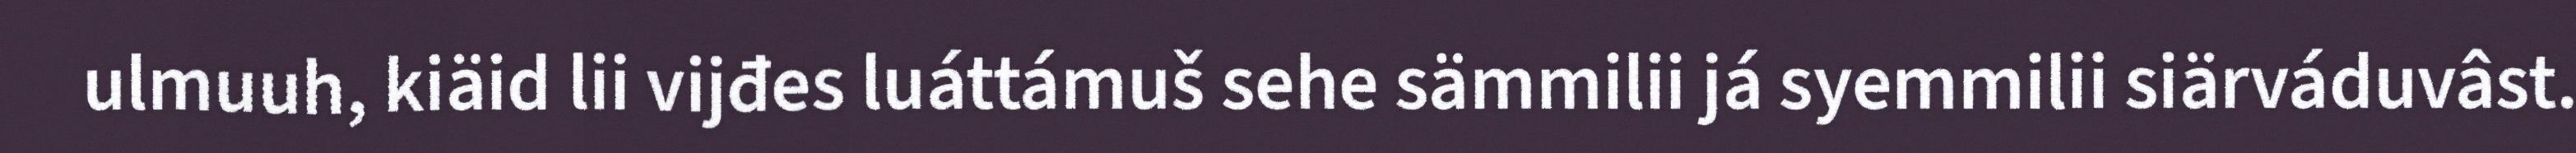
ulmuuh, kiäid lii vijđes luáttámuš sehe sämmilii já syemmilii siärváduvâst.